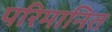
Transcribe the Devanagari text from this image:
परिमानित